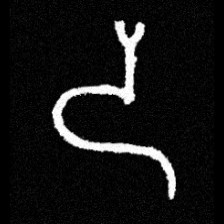
Pyu character \u2014 Myanmar letter: ဒ (romanized: da)